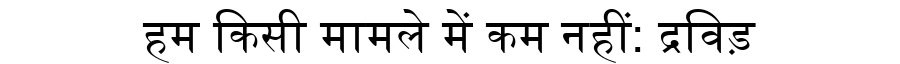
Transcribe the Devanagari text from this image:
हम किसी मामले में कम नहीं: द्रविड़